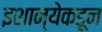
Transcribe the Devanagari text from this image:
इशान्येकडून